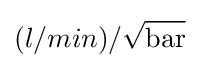
(l/min)/{\sqrt {\text{bar}}}